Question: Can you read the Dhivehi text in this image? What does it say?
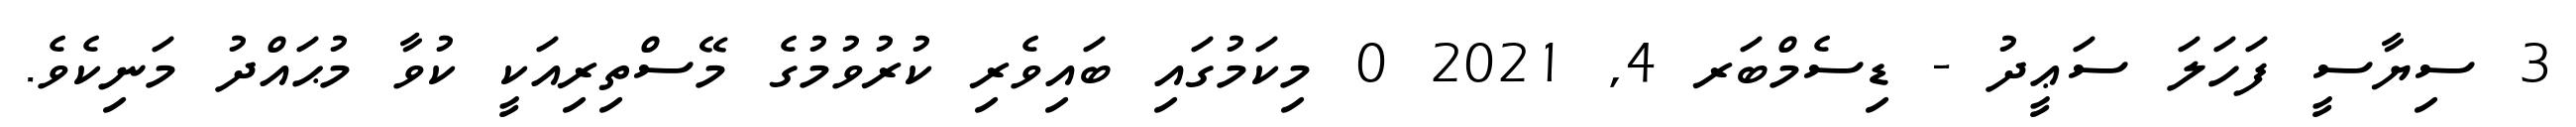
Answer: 3 ސިޔާސީ ފަހަލަ ސަޢީދު - ޑިސެމްބަރ 4, 2021 0 މިކަމުގައި ބައިވެރި ކުރުވުމުގެ މޭސްތިރިއަކީ ކުވާ މުޙައްދު މަނިކެވެ.